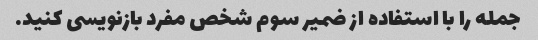
جمله را با استفاده از ضمیر سوم شخص مفرد بازنویسی کنید.